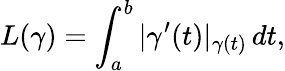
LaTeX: L(\gamma)=\int_{a}^{b}|\gamma^{\prime}(t)|_{\gamma(t)}\, dt,